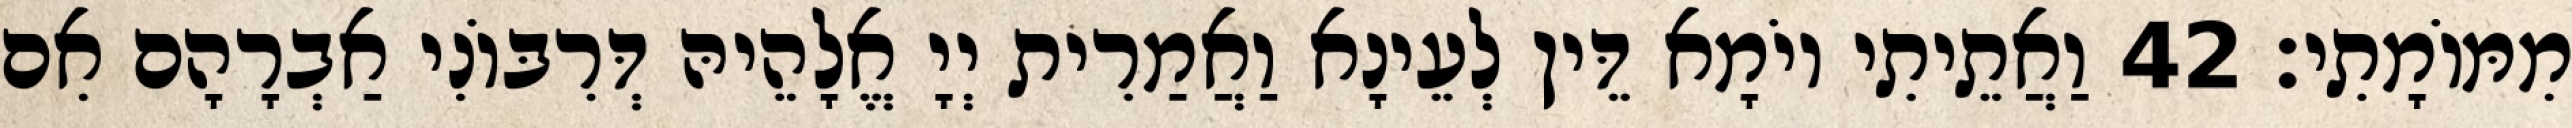
מִמּוֹמָתִי׃ 42 וַאֲתֵיתִי יוֹמָא דֵּין לְעֵינָא וַאֲמַרִית יְיָ אֱלָהֵיהּ דְּרִבּוֹנִי אַבְרָהָם אִם